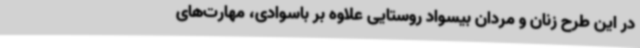
در این طرح زنان و مردان بیسواد روستایی علاوه بر باسوادی، مهارت‌های